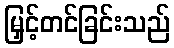
မြှင့်တင်ခြင်းသည်